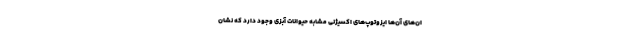
ان‌های آن‌ها ایزوتوپ‌های اکسیژنی مشابه حیوانات آبزی وجود دارد که نشان